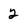
Character: 2